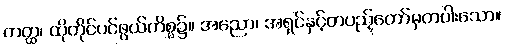
တတ္ထ၊ ထိုတိုင်ပင်ဖွယ်ကိစ္စ၌။ အညော၊ အရှင်နှင့်တပည့်တော်မှတပါးသော။